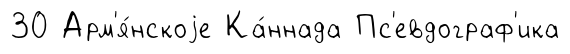
30 Арм'я́нскоjе Ка́ннада Пс'евдограф'ика